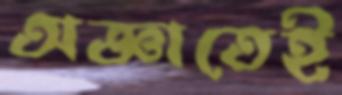
অজ্ঞাতেই